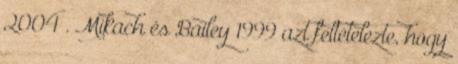
2004 . Mikach és Bailey 1999 azt feltételezte, hogy